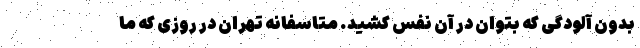
بدون آلودگی که بتوان در آن نفس کشید. متاسفانه تهران در روزی که ما